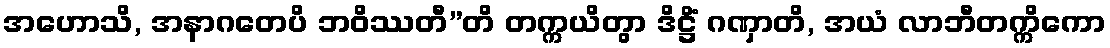
အဟောသိ, အနာဂတေပိ ဘဝိဿတီ”တိ တက္ကယိတွာ ဒိဋ္ဌိံ ဂဏှာတိ, အယံ လာဘီတက္ကိကော